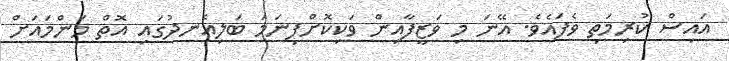
އައިސް ކުރިމަތި ވެފައެވެ. އޭނަ މި ވަޒީފާއިން ވަކިކޮށްފިނަމަ ބަލިއެނދުގައި އޮތް މަންމައަށް